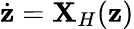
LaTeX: \dot{{\mathbf{z}}}={\mathbf X}_{H}({\mathbf{z}})